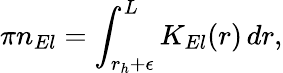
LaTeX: \pi n_{El}=\int_{r_{h}+\epsilon}^{L}K_{El}(r)\, dr,